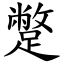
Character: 蹩